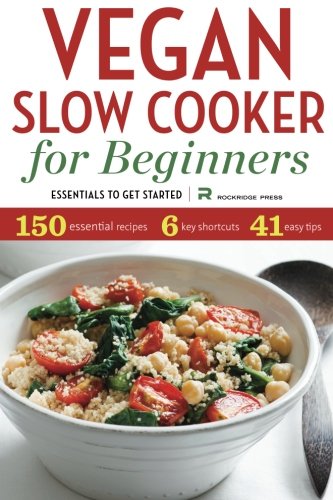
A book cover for Vegan Slow Cooker for Beginners: Essentials to Get Started; Rockridge Press; Cookbooks, Food & Wine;